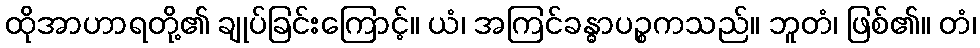
ထိုအာဟာရတို့၏ ချုပ်ခြင်းကြောင့်။ ယံ၊ အကြင်ခန္ဓာပဉ္စကသည်။ ဘူတံ၊ ဖြစ်၏။ တံ၊